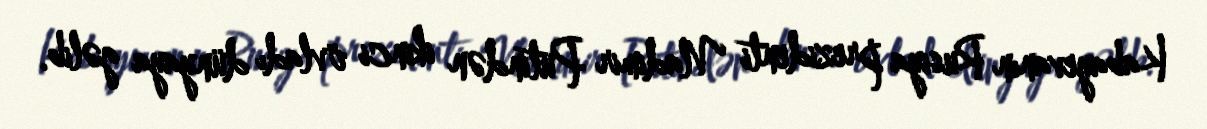
Kabayevanın Rusiya prezidenti Vladimir Putindən ikinci övladı dünyaya gəlib.